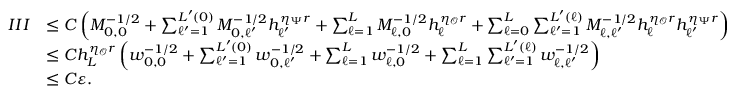
\begin{array} { r l } { I I I } & { \le C \left( M _ { 0 , 0 } ^ { - 1 / 2 } + \sum _ { \ell ^ { \prime } = 1 } ^ { L ^ { \prime } ( 0 ) } M _ { 0 , \ell ^ { \prime } } ^ { - 1 / 2 } h _ { \ell ^ { \prime } } ^ { \eta _ { \Psi } r } + \sum _ { \ell = 1 } ^ { L } M _ { \ell , 0 } ^ { - 1 / 2 } h _ { \ell } ^ { \eta _ { \mathcal { O } } r } + \sum _ { \ell = 0 } ^ { L } \sum _ { \ell ^ { \prime } = 1 } ^ { L ^ { \prime } ( \ell ) } M _ { \ell , \ell ^ { \prime } } ^ { - 1 / 2 } h _ { \ell } ^ { \eta _ { \mathcal { O } } r } h _ { \ell ^ { \prime } } ^ { \eta _ { \Psi } r } \right) } \\ & { \le C h _ { L } ^ { \eta _ { \mathcal { O } } r } \left( w _ { 0 , 0 } ^ { - 1 / 2 } + \sum _ { \ell ^ { \prime } = 1 } ^ { L ^ { \prime } ( 0 ) } w _ { 0 , \ell ^ { \prime } } ^ { - 1 / 2 } + \sum _ { \ell = 1 } ^ { L } w _ { \ell , 0 } ^ { - 1 / 2 } + \sum _ { \ell = 1 } ^ { L } \sum _ { \ell ^ { \prime } = 1 } ^ { L ^ { \prime } ( \ell ) } w _ { \ell , \ell ^ { \prime } } ^ { - 1 / 2 } \right) } \\ & { \le C \ensuremath { \varepsilon } . } \end{array}